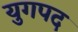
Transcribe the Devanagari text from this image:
युगपद